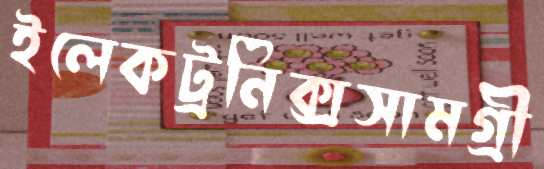
ইলেকট্রনিক্সসামগ্রী